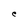
Character: C